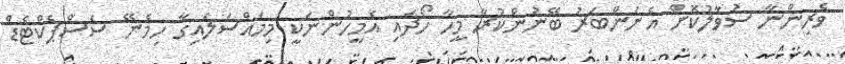
ވެރިންނާ ސުވާލުކޮށް އެނަންބަރު ބޭނުންކުރާ މީހާ ހޯދައި އެމީހުންނަކީ މިމައްސަލައިގާ ހިމެނޭ ސަސްޕެކްޓެޑް